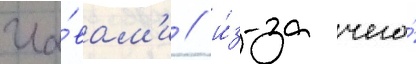
гла́вам'и / и́з-за чего́